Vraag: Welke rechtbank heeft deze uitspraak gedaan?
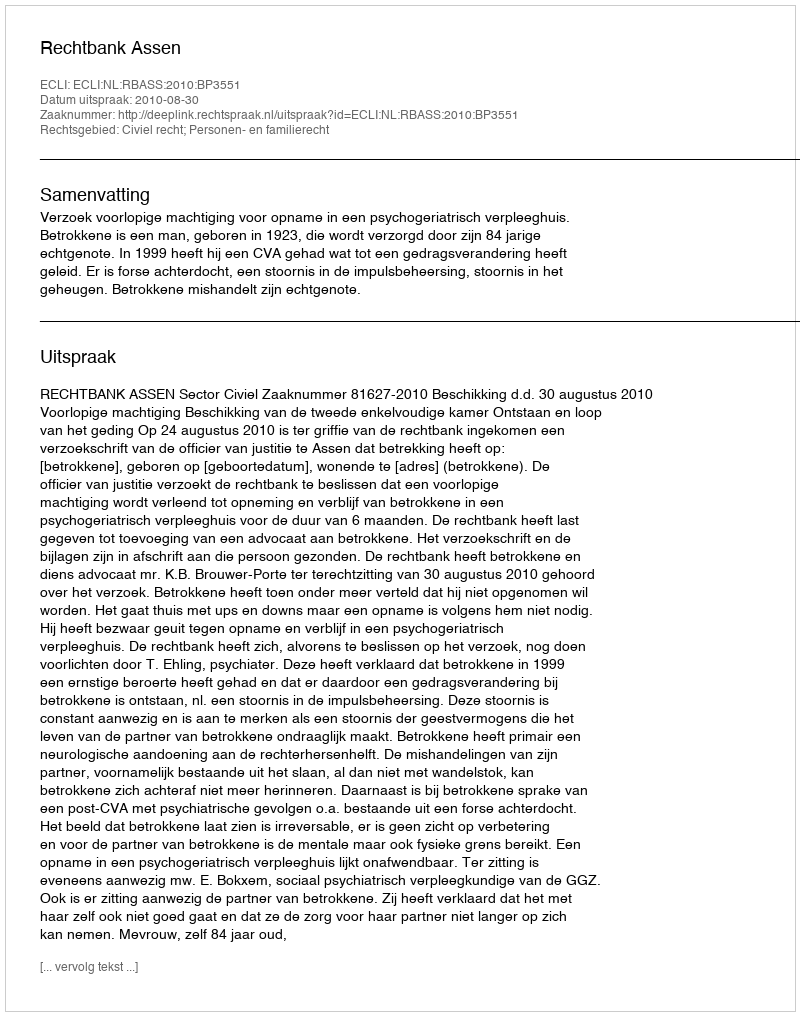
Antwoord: Rechtbank Assen